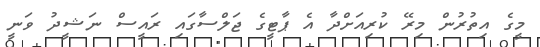
މީގެ އިތުރުން މިރޭ ކުރިއަށްދާ އެ ޕާޓީގެ ޖަލްސާގައި ރައީސް ނަޝީދު ވަނީ